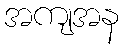
အကျအန